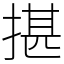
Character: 揕